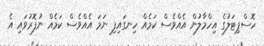
ހޮސްޕިޓަލުގެ އިހްމާލުން އެއްވެސް ކަމެއް ހިނގައިފި ނަމަ އެއްވެސް ކަމެއް ނުފޮރުވައި އެ